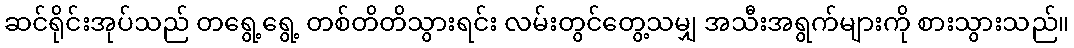
ဆင်ရိုင်းအုပ်သည် တရွေ့ရွေ့ တစ်တိတိသွားရင်း လမ်းတွင်တွေ့သမျှ အသီးအရွက်များကို စားသွားသည်။